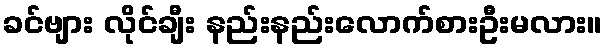
ခင်ဗျား လိုင်ချီး နည်းနည်းလောက်စားဦးမလား။